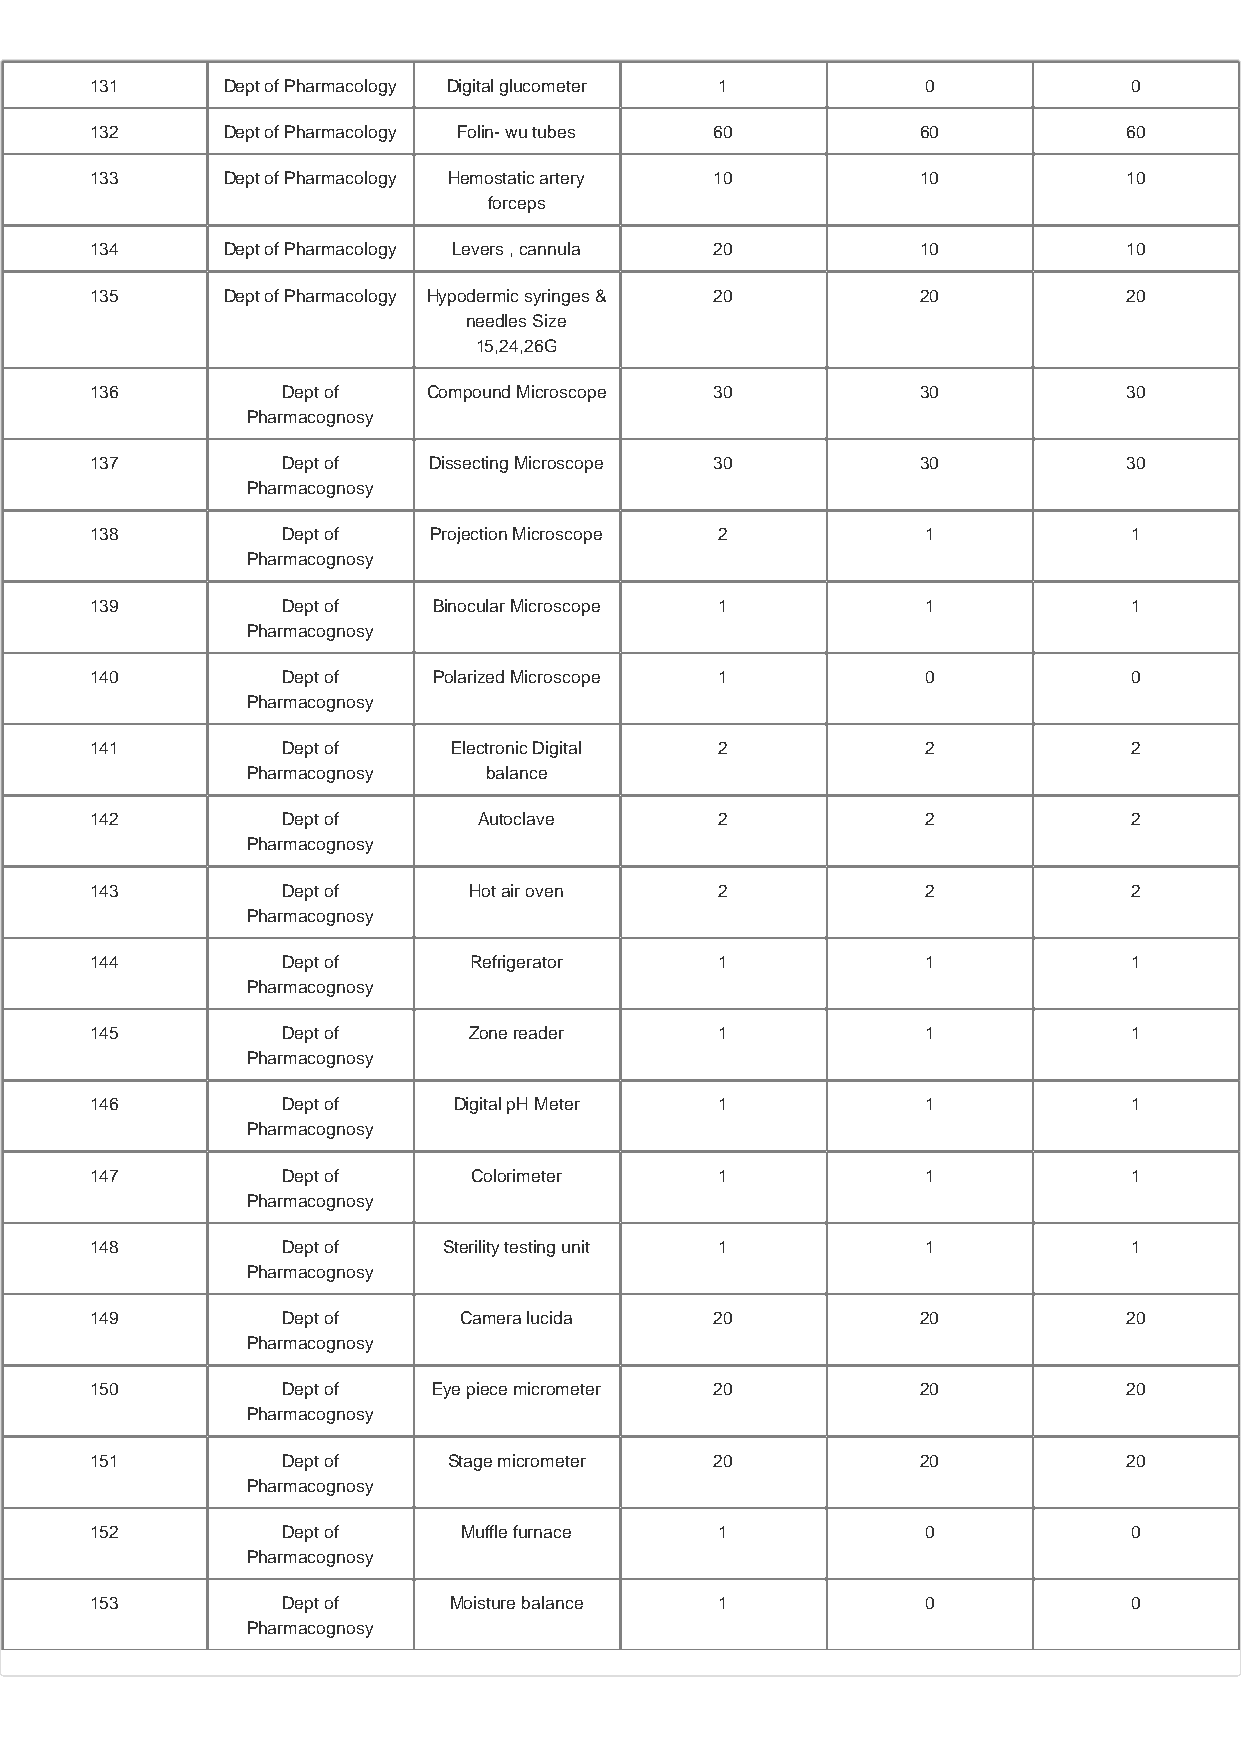
131      Dept of Pharmacology Digital glucometer 1     0             0
 132      Dept of Pharmacology Folin- wu tubes 60       60            60
 133      Dept of Pharmacology Hemostatic artery 10     10            10
 forceps
 134      Dept of Pharmacology Levers , cannula 20      10            10
 135      Dept of Pharmacology Hypodermic syringes & 20 20            20
 needles Size
 15,24,26G
 136          Dept of  Compound Microscope 30           30            30
 Pharmacognosy
 137          Dept of  Dissecting Microscope 30         30            30
 Pharmacognosy
 138          Dept of  Projection Microscope 2          1             1
 Pharmacognosy
 139          Dept of   Binocular Microscope 1          1             1
 Pharmacognosy
 140          Dept of   Polarized Microscope 1          0             0
 Pharmacognosy
 141          Dept of    Electronic Digital 2           2             2
 Pharmacognosy   balance
 142          Dept of      Autoclave       2            2             2
 Pharmacognosy
 143          Dept of     Hot air oven     2            2             2
 Pharmacognosy
 144          Dept of     Refrigerator     1            1             1
 Pharmacognosy
 145          Dept of     Zone reader      1            1             1
 Pharmacognosy
 146          Dept of    Digital pH Meter  1            1             1
 Pharmacognosy
 147          Dept of     Colorimeter      1            1             1
 Pharmacognosy
 148          Dept of   Sterility testing unit 1        1             1
 Pharmacognosy
 149          Dept of    Camera lucida    20            20            20
 Pharmacognosy
 150          Dept of   Eye piece micrometer 20         20            20
 Pharmacognosy
 151          Dept of    Stage micrometer 20            20            20
 Pharmacognosy
 152          Dept of     Muffle furnace   1            0             0
 Pharmacognosy
 153          Dept of    Moisture balance  1            0             0
 Pharmacognosy